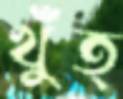
খুঁত্